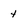
Character: 4